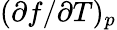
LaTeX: (\partial f/\partial T)_{p}